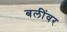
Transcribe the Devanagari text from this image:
बलींवर